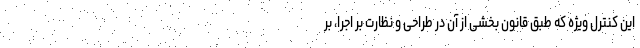
این کنترل ویژه که طبق قانون بخشی از آن در طراحی و نظارت بر اجرا، بر